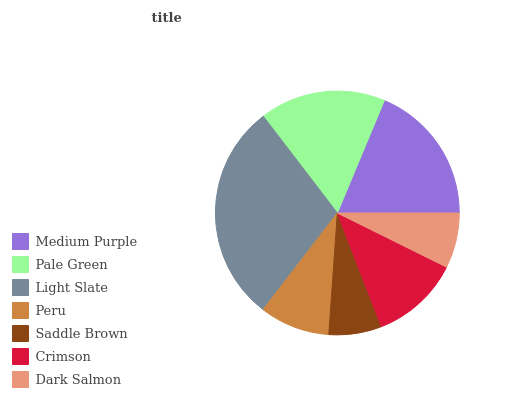
| Medium Purple | Pale Green | Light Slate | Peru | Saddle Brown | Crimson | Dark Salmon |
 | --- | --- | --- | --- | --- | --- | --- |
 | 18.8% | 16.7% | 29.1% | 9.31% | 7% | 11.8% | 7.32% |